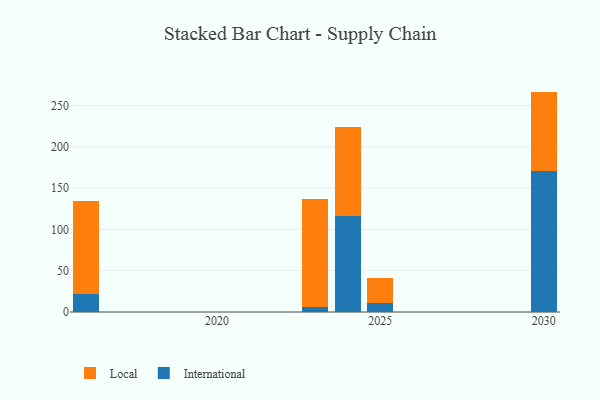
{"axis": {"x": "Year", "y": "Market Share (%)"}, "legend": ["International", "Local"], "data": [{"x": "2023", "y": 5.8, "type": "International"}, {"x": "2023", "y": 131.5, "type": "Local"}, {"x": "2016", "y": 21.9, "type": "International"}, {"x": "2016", "y": 113.0, "type": "Local"}, {"x": "2030", "y": 170.4, "type": "International"}, {"x": "2030", "y": 96.3, "type": "Local"}, {"x": "2025", "y": 11.5, "type": "International"}, {"x": "2025", "y": 29.5, "type": "Local"}, {"x": "2024", "y": 116.5, "type": "International"}, {"x": "2024", "y": 107.6, "type": "Local"}]}